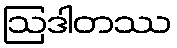
ဩဒါတဿ